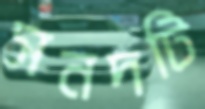
সনদটি